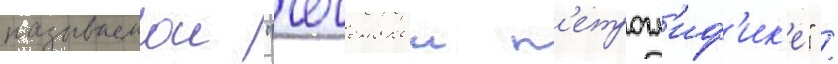
называемои "чеченскои п'етрогл'иф'ик'е" /